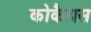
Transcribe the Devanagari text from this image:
कोकैयस